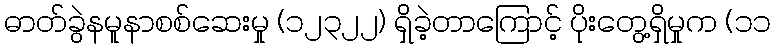
ဓာတ်ခွဲနမူနာစစ်ဆေးမှု (၁၂၃၂၂) ရှိခဲ့တာကြောင့် ပိုးတွေ့ရှိမှုက (၁၁